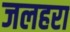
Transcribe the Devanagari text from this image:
जलहरा